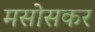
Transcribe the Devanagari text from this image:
मसोसकर